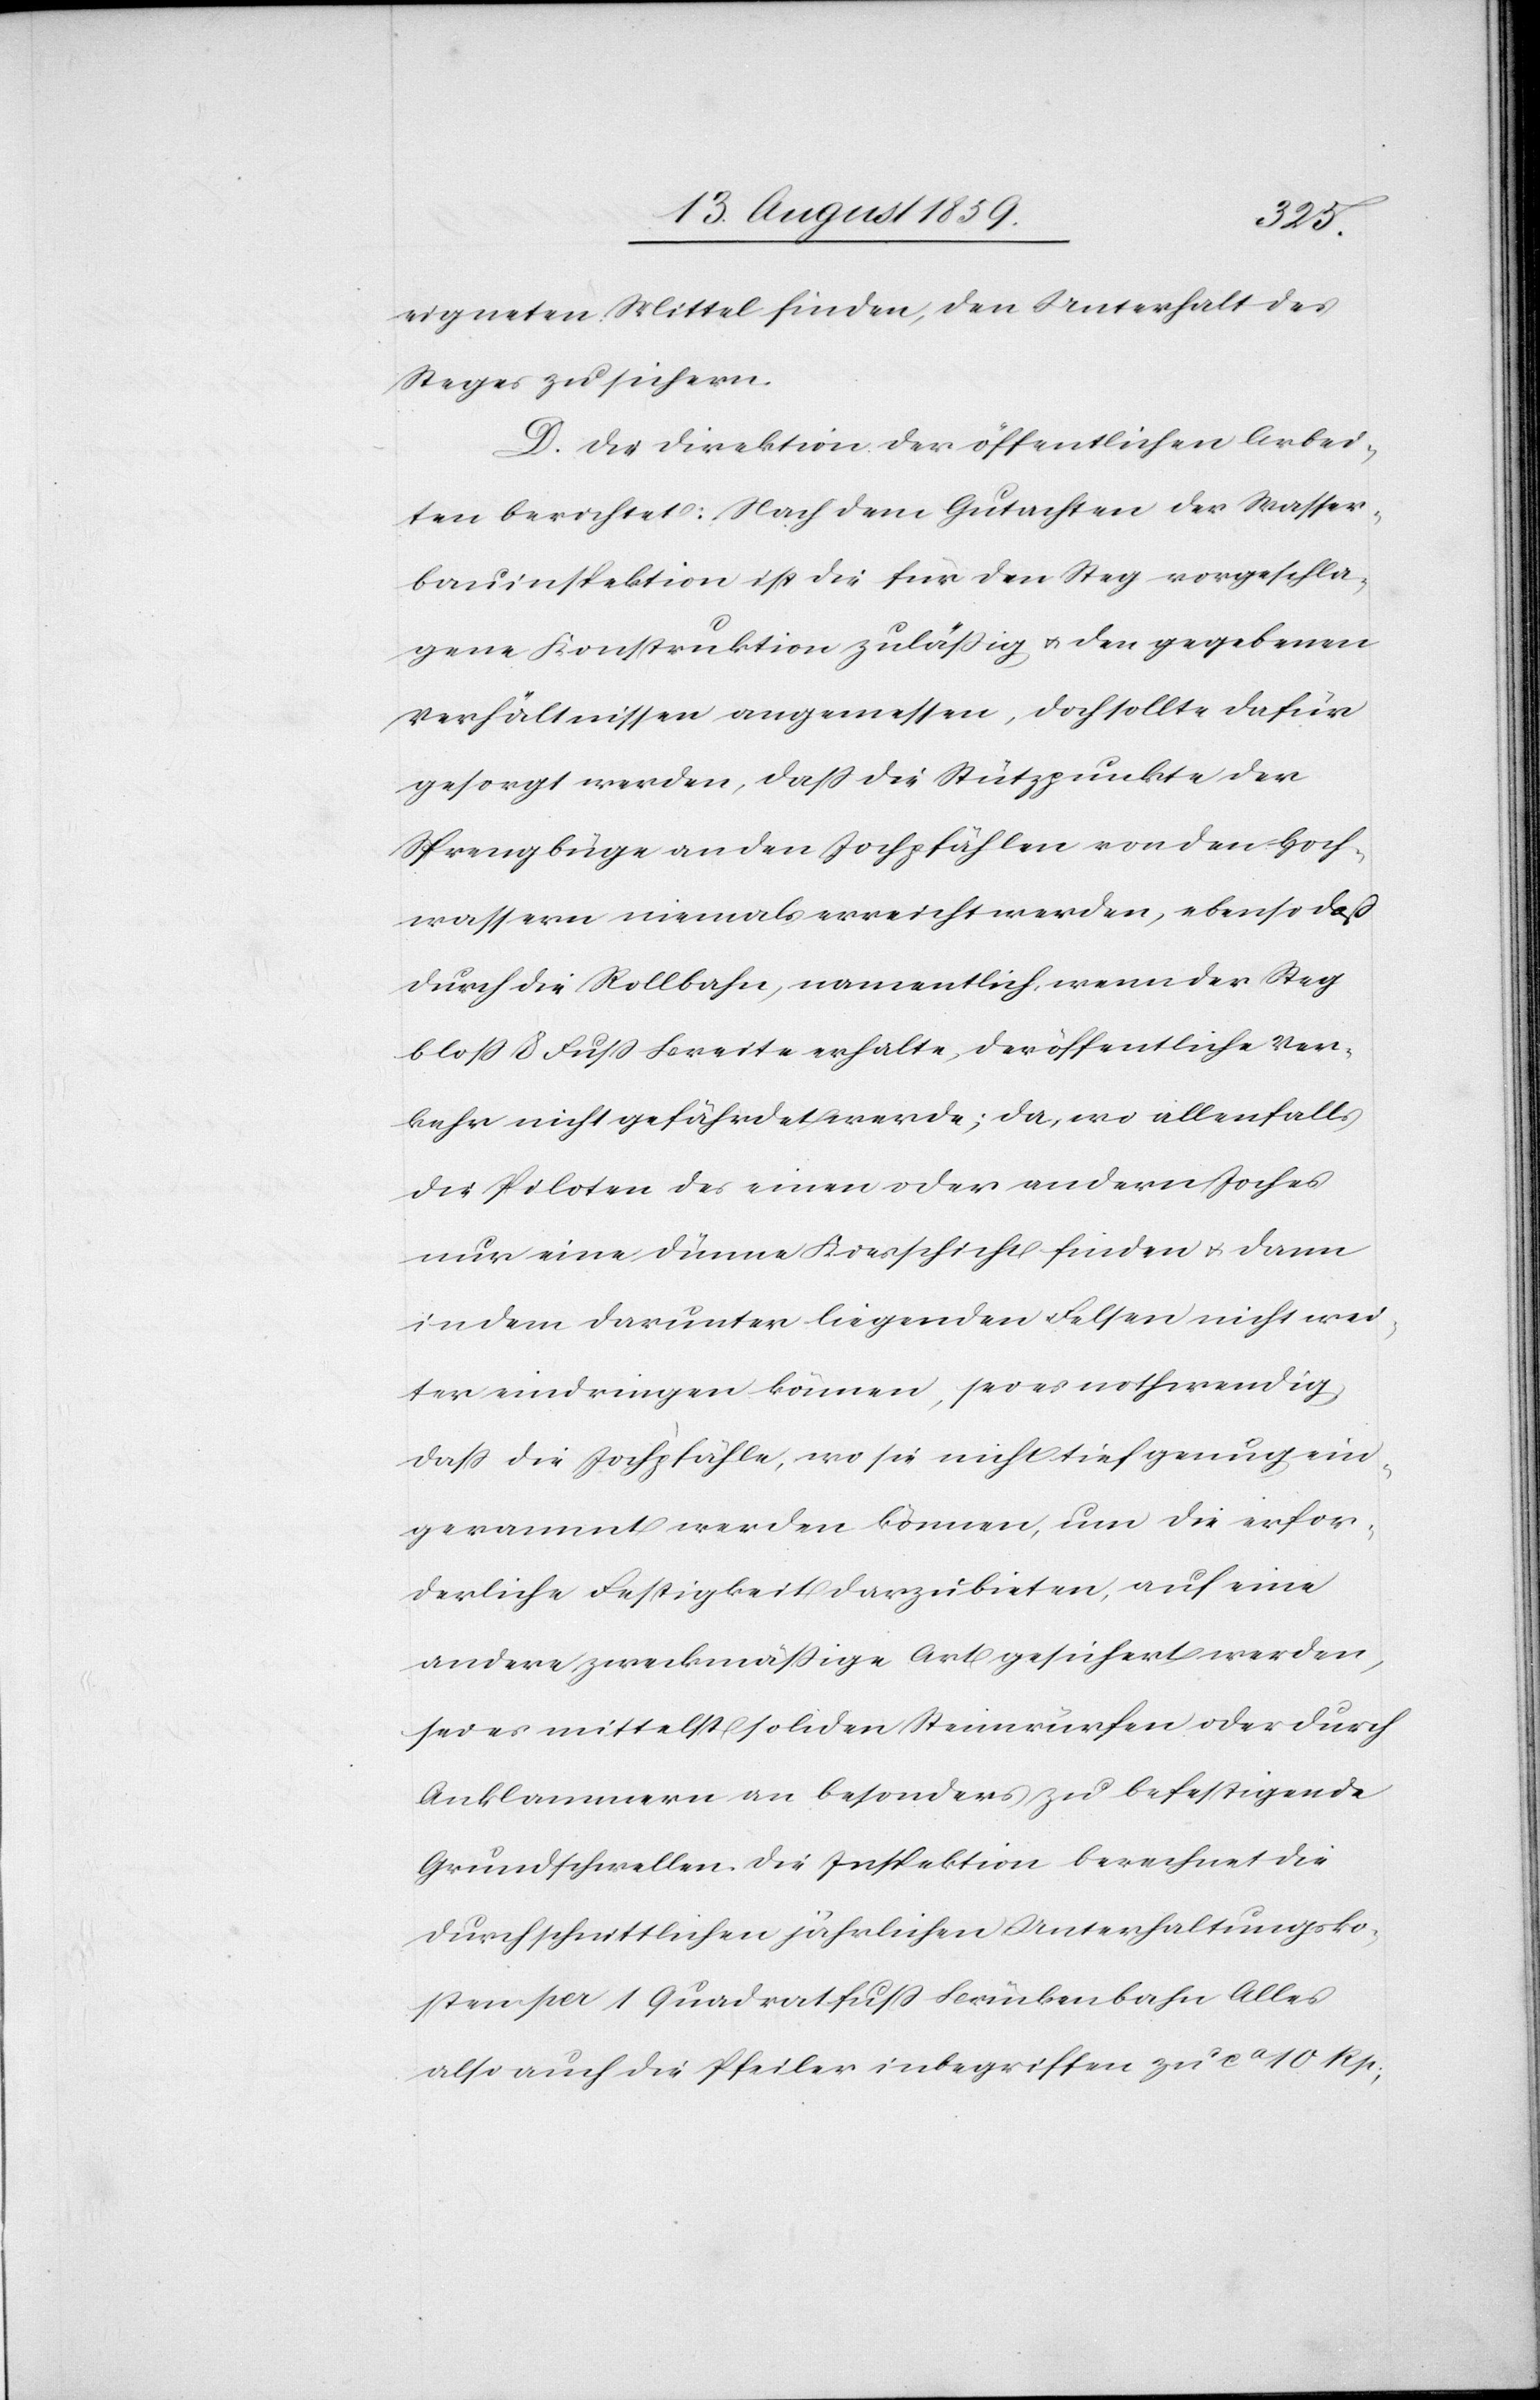
eigneten Mittel finden, den Unterhalt des
Steges zu sichern.
D. Die Direktion der öffentlichen Arbei¬
ten berichtet: Nach dem Gutachten der Wasser¬
bauinspektion ist die für den Steg vorgeschla¬
gene Konstruktion zuläßig u. den gegebenen
Verhältnissen angemessen, doch sollte dafür
gesorgt werden, daß die Stützpunkte der
Sprengbüge an den Jochpfählen von den Hoch¬
wassern niemals erreicht werden, ebenso daß
durch die Rollbahn, namentlich, wenn der Steg
bloß 8 Fuß Breite erhalte, der öffentliche Ver¬
kehr nicht gefährdet werde; da, wo allenfalls
die Piloten des einen oder andern Joches
nur eine dünne Kiesschicht finden u. dann
in dem darunter liegenden Felsen nicht wei¬
ter eindringen können, sei es nothwendig
daß die Jochhälfte, wo sie nicht tief genug ein¬
gerammt werden können, um die erfor¬
derliche Festigkeit darzubieten, auf eine
andere zweckmäßige Art gesichert werden,
sei es mittelst soliden Steinwürfen oder durch
Anklammern an besonders zu befestigende
Grundschwellen. Die Inspektion berechnet die
durchschnittlichen jährlichen Unterhaltungsko¬
sten per 1 Quadratfuß Brückenbahn Alles
also auch die Pfeiler inbegriffen zu ca. 10 Rp.,